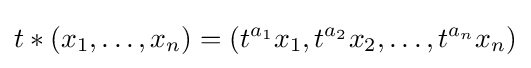
t*(x_{1},\ldots ,x_{n})=(t^{a_{1}}x_{1},t^{a_{2}}x_{2},\ldots ,t^{a_{n}}x_{n})